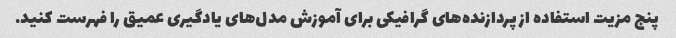
پنج مزیت استفاده از پردازنده‌های گرافیکی برای آموزش مدل‌های یادگیری عمیق را فهرست کنید.